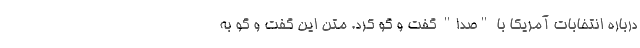
درباره انتخابات آمریکا با "صدا" گفت و گو کرد. متن این گفت و گو به